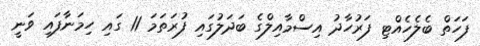
ފަހަތް ބެލެހެއްޓި ފަރުހާދު އިސްމާއިލްގެ ބަދަލުގައި ފުރަތަމަ 11 ގައި ހިމަނާފައި ވަނީ